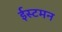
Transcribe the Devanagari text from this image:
ईस्टमन